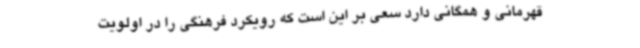
قهرمانی و همگانی دارد سعی بر این است که رویکرد فرهنگی را در اولویت